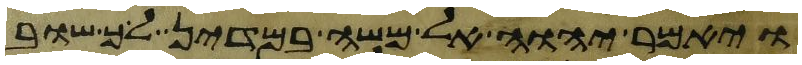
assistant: ויאמר יהוה אל משה במדין לך שוב